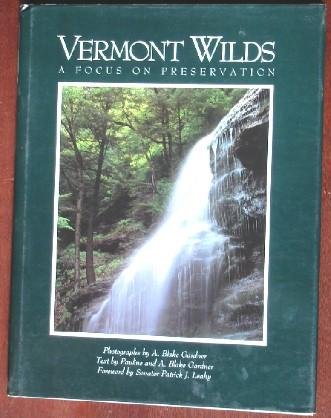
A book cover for Vermont Wilds: A Focus on Preservation; A. Blake Gardner; Travel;